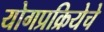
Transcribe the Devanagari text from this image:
योगप्रक्रियेचे